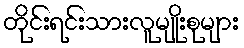
တိုင်းရင်းသားလူမျိုးစုများ